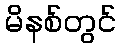
မိနစ်တွင်